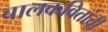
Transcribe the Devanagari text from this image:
बालकवितांची